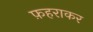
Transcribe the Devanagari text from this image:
फ़हराकर